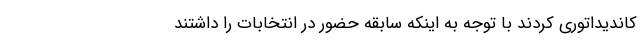
کاندیداتوری کردند با توجه به اینکه سابقه حضور در انتخابات را داشتند